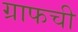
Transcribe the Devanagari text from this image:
ग्राफची